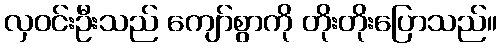
လှဝင်းဦးသည် ကျော်စွာကို တိုးတိုးပြောသည်။